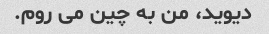
دیوید، من به چین می روم.